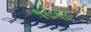
૧૯૨૯